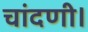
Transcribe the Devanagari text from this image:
चांदणी।